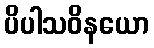
ပိပါသဝိနယော